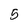
Character: 5